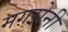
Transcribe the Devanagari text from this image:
मगरोनी